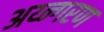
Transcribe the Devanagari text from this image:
अय्न्गरण